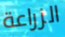
الزراعة